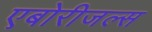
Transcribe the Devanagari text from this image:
एबोरीजल्स